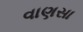
વાણસા